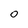
Character: 0